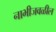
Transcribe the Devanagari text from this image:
नाभीजवळील